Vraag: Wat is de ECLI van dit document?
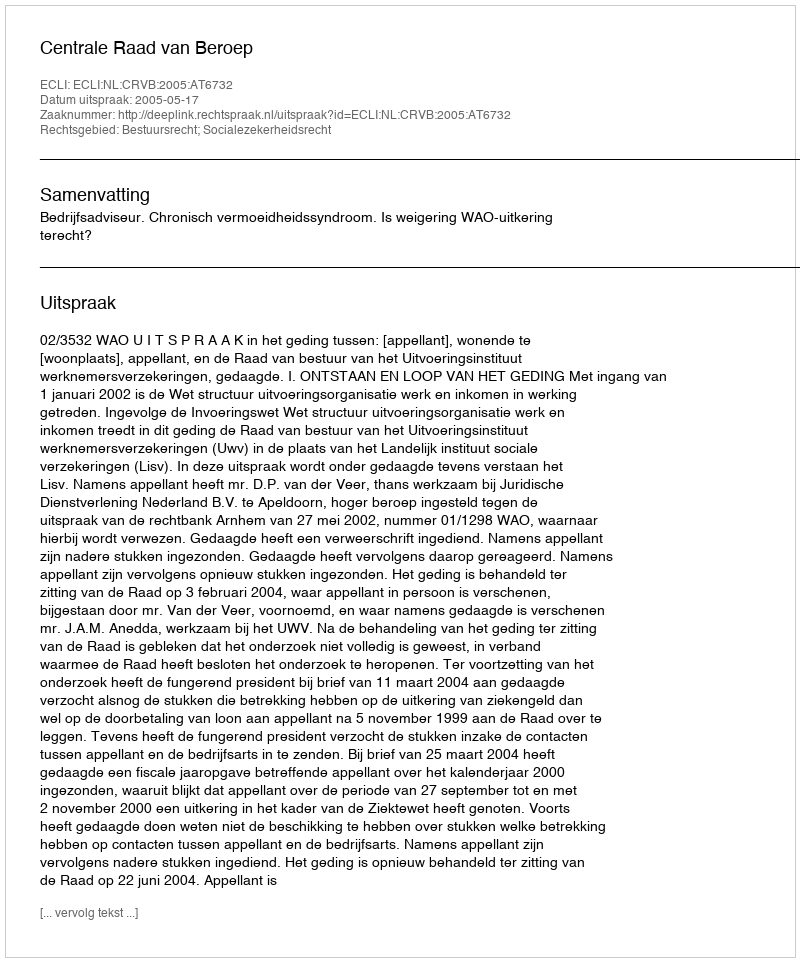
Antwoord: ECLI:NL:CRVB:2005:AT6732